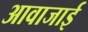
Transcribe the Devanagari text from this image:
आवाजाई